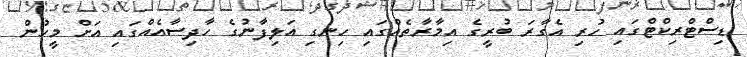
ޑިސްޓްރިކްޓްގައި ހުރި އެގާރަ ބުރީގެ އިމާރާތެއްގައި ހިނގި އަލިފާނުގެ ހާދިސާއެއްގައި އަށް މީހުން